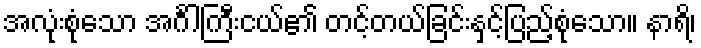
အလုံးစုံသော အင်္ဂါကြီးငယ်၏ တင့်တယ်ခြင်းနှင့်ပြည့်စုံသော။ နာရိ၊